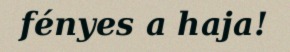
fényes a haja!